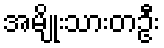
အမျိုးသားတဦး